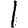
Digit: 1